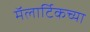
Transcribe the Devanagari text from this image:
मॅलार्टिकच्या